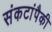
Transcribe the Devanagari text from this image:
संकटांपैकी